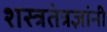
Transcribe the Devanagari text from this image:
शस्त्रतंत्रज्ञांनी